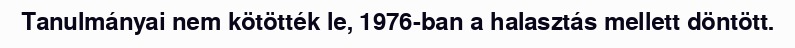
Tanulmányai nem kötötték le, 1976-ban a halasztás mellett döntött.